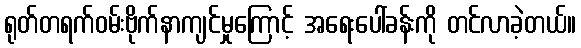
ရုတ်တရက်ဝမ်းဗိုက်နာကျင်မှုကြောင့် အရေးပေါ်ခန်းကို တင်လာခဲ့တယ်။